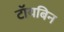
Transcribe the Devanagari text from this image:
टॉयबिन